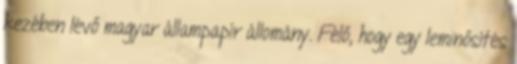
kezében lévő magyar állampapír állomány. Félő, hogy egy leminősítés